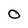
Character: 0